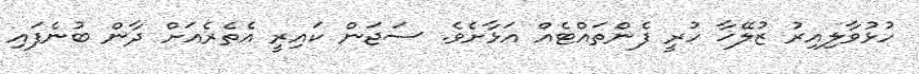
ހުޅުވާލިއިރު ޒުލޭޚާ ހުރީ ފެންތައްޓެއް އަޅާށެވެ. ސަޖަން ކައިރީ އެތެރެއަށް ދާން ބުނެފައި